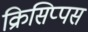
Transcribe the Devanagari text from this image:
क्रिसिप्पस